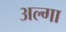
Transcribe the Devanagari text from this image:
अल्गा